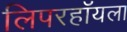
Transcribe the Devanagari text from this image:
लिपरहॉयला